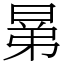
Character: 晜